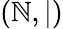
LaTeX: (\mathbb{N},|)